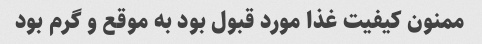
ممنون کیفیت غذا مورد قبول بود به موقع و گرم بود